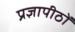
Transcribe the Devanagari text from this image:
प्रज्ञापीठों